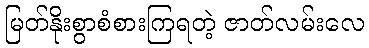
မြတ်နိုးစွာစံစားကြရတဲ့ ဇာတ်လမ်းလေ